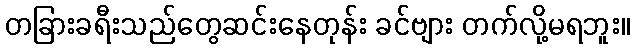
တခြားခရီးသည်တွေဆင်းနေတုန်း ခင်ဗျား တက်လို့မရဘူး။